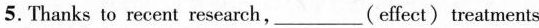
5.Thanks to recent research，___(effect)treatments